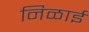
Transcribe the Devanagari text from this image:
निळाई